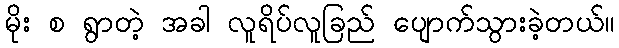
မိုး စ ရွာတဲ့ အခါ လူရိပ်လူခြည် ပျောက်သွားခဲ့တယ်။